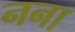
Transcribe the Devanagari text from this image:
नना